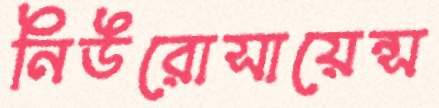
নিউরোসায়েন্স